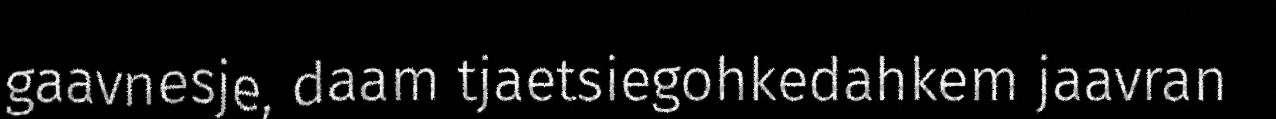
gaavnesje, daam tjaetsiegohkedahkem jaavran